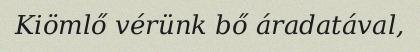
Kiömlő vérünk bő áradatával,